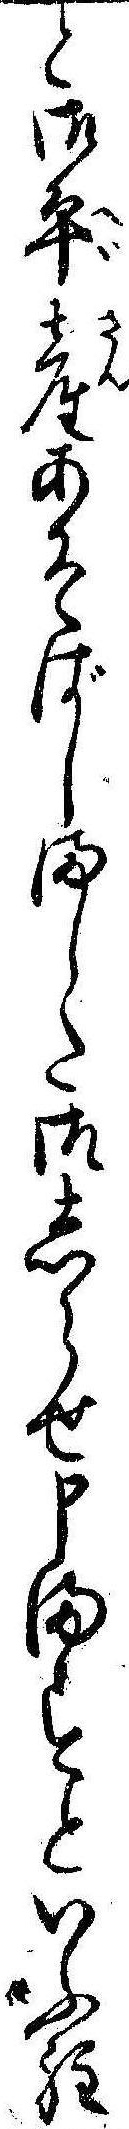
と御平産あそばしました御しらせ申ますといふ程